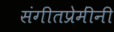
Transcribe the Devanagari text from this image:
संगीतप्रेमींनी